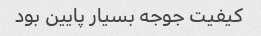
کیفیت جوجه بسیار پایین بود